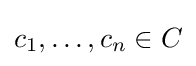
c_{1},\ldots ,c_{n}\in C